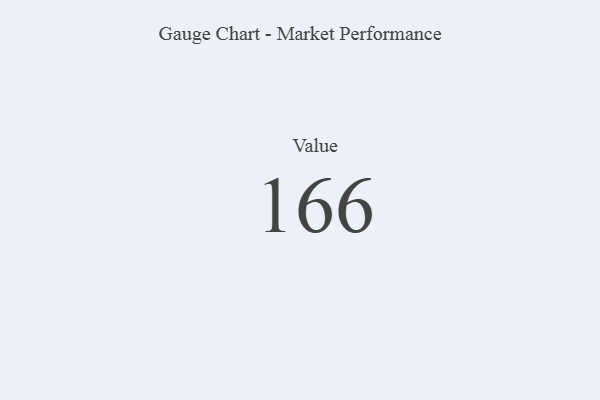
{"axis": {"x": "Metric", "y": "Value"}, "legend": [""], "data": [{"x": "Value", "y": 166, "type": ""}]}